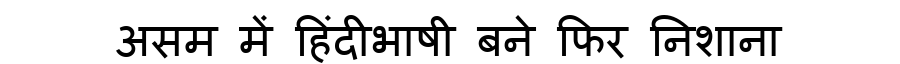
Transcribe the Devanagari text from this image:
असम में हिंदीभाषी बने फिर निशाना